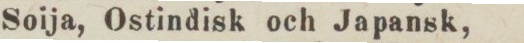
Soija, Ostindisk och Japansk,